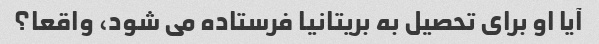
آیا او برای تحصیل به بریتانیا فرستاده می شود، واقعا؟